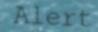
Alert